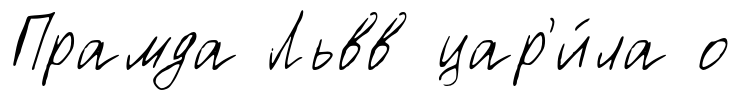
Прамда Львв цар'и́ла о